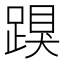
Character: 䠐